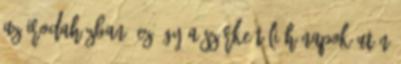
az irodaházban, ez így a szürke téli hónapok után